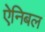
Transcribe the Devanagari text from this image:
ऐनिबल